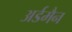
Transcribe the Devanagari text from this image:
अर्डमैन